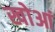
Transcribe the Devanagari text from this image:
खोआं